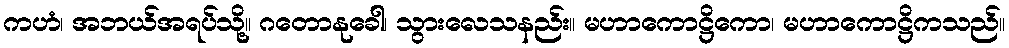
ကဟံ၊ အဘယ်အရပ်သို့။ ဂတောနုခေါ၊ သွားလေသနည်း။ မဟာကောဋ္ဌိကော၊ မဟာကောဋ္ဌိကသည်။